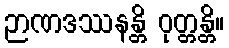
ဉာဏဒဿနန္တိ ဝုတ္တန္တိ။